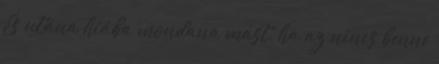
És utána hiába mondana mást, ha az nincs benne